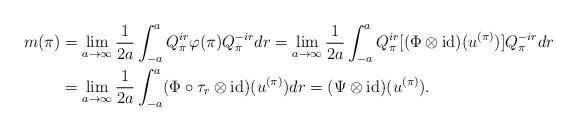
LaTeX: \begin{align*}m(\pi) & = \lim_{a\to \infty}\frac{1}{2a}\int_{-a}^{a} Q_\pi^{ir}\varphi(\pi)Q_\pi^{-ir} dr=\lim_{a\to \infty}\frac{1}{2a}\int_{-a}^{a} Q_\pi^{ir}[(\Phi \otimes\mathrm{id}) (u^{(\pi)})]Q_\pi^{-ir} dr\\&=\lim_{a\to \infty}\frac{1}{2a}\int_{-a}^{a} (\Phi\circ \tau_r \otimes\mathrm{id}) (u^{(\pi)}) dr = (\Psi \otimes \mathrm{id})(u^{(\pi)}).\end{align*}